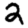
Digit: 2